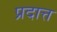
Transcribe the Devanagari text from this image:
प्रदात्त